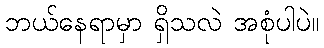
ဘယ်နေရာမှာ ရှိသလဲ အစုံပါပဲ။